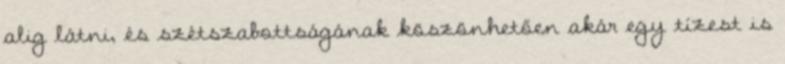
alig látni, és szétszabottságának köszönhetően akár egy tízest is